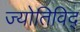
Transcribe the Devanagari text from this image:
ज्योतिविद्